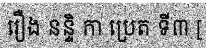
រឿង នន្ទិ កា ប្រេត ទី៣ [